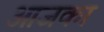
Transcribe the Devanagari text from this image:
आजका